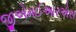
જીએમઈઆરએસ